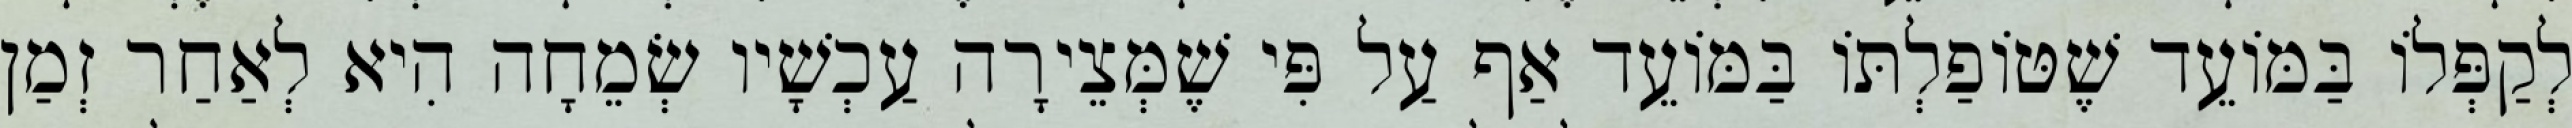
לְקַפְּלוֹ בַּמּוֹעֵד שֶׁטּוֹפַלְתּוֹ בַּמּוֹעֵד אַף עַל פִּי שֶׁמְּצֵירָה עַכְשָׁיו שְׂמֵחָה הִיא לְאַחַר זְמַן